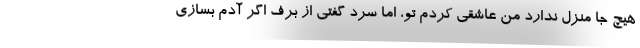
هیچ جا منزل ندارد من عاشقی کردم تو، اما سرد گفتی از برف اگر آدم بسازی